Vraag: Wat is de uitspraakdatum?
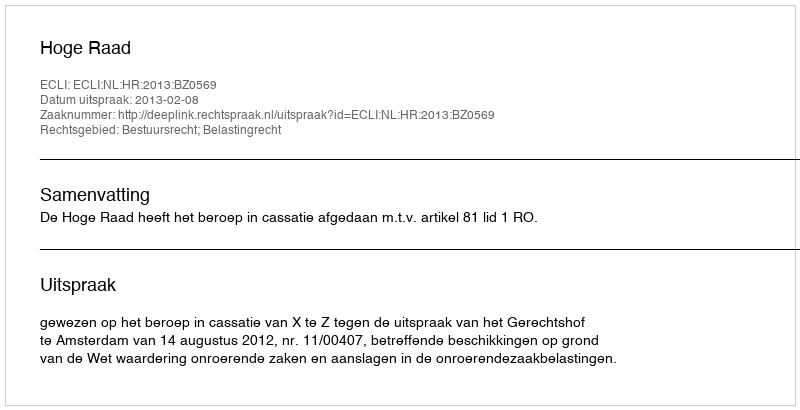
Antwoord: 2013-02-08